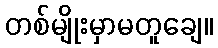
တစ်မျိုးမှာမတူချေ။